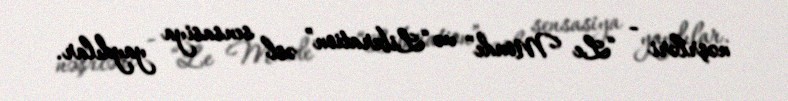
nəşrləri - “Le Monde” və “Liberation” əsl sensasiya yaydılar.